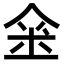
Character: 𠊍